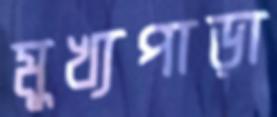
মুখ্যপাড়া